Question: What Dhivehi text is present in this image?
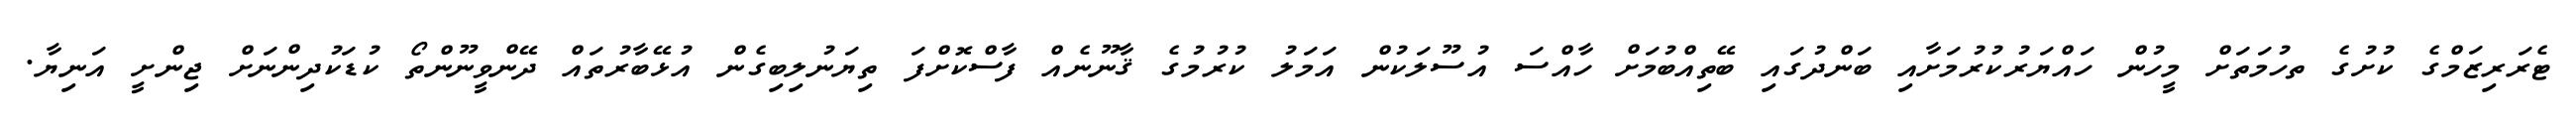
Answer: ޓެރަރިޒަމްގެ ކުށުގެ ތހުމަތަށް މީހުން ހައްޔަރުކުރުމަށާއި ބަންދުގައި ބޭތިއްބުމަށް ހާއްސަ އުސޫލަކުން އަމަލު ކުރުމުގެ ޤާނޫނެއް ފާސްކޮށްފަ ތިޔަނުލިބިގެން އުޅޭބާރުތައް ދޭންވީނޫންތޯ ކުޑަކުދިންނަށް ޖިންށީ އަނިޔާ.